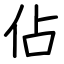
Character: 佔